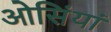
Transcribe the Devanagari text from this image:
ओसिंयां